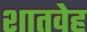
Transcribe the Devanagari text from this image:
शातवेह